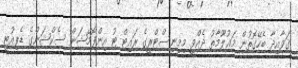
ޤަވާއިދާ ބެހޭގޮތުން މަޢުލޫމާތު ދެއްވީ މިމިނިސްޓްރީގެ ރައިޓް ޓު އިންފޮމޭޝަން ސެކްޝަންގެ ޑެޕިއުޓީ